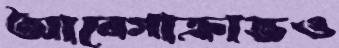
আবেগাক্রান্তও